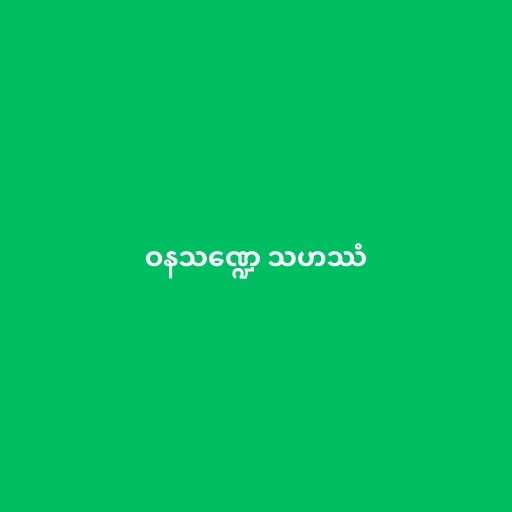
ဝနသဏ္ဍေ သဟဿံ